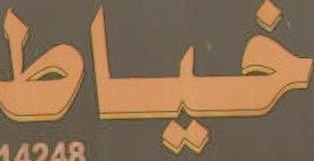
خياط